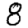
Digit: 8